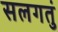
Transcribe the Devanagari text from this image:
सलगतुं